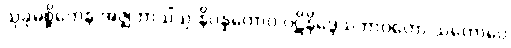
သုခုမစ္ဆိကေန အဇ္ဈဘာသိံသု နိပန္နကောဝ ပဋိနိဒ္ဒေသဘာဝတော သတောပေ